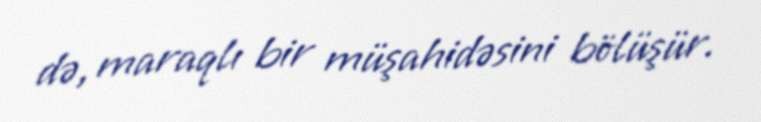
də, maraqlı bir müşahidəsini bölüşür.